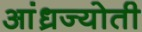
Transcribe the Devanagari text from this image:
आंध्रज्योती